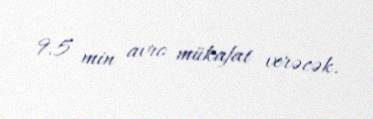
9.5 min avro mükafat verəcək.